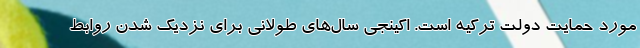
مورد حمایت دولت ترکیه است. اکینجی سال‌های طولانی برای نزدیک شدن روابط